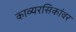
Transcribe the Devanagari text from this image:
काव्यरसिकांवर